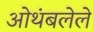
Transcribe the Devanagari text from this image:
ओथंबलेले